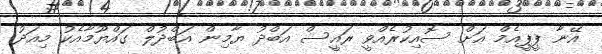
އޭނާ ޕީޕީއެމް އަށް ސޮއިކުރެއްވީ ރައީސް އަބްދު ޔާމިން އަބްދުލް ގައްޔޫމާއެކު މިއަދު